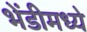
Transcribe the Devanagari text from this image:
भेंडीमध्ये